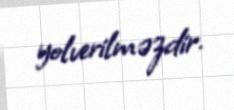
yolverilməzdir.